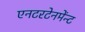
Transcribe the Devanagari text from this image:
एनटरटेनमेंन्ट